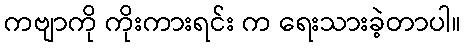
ကဗျာကို ကိုးကားရင်း က ရေးသားခဲ့တာပါ။